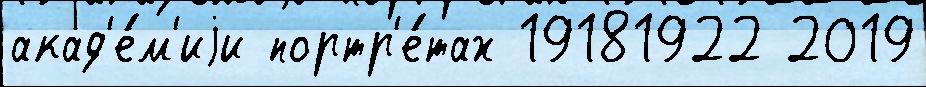
акад'е́м'иjи портр'е́тах 19181922 2019